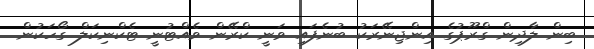
ބިން ލާދިން ގްރޫޕުގެ އިންޖިނޭރަކު ބުނެފައި ވަނީ ކްރޭން ވެއްޓުނީ ޓެކްނިކަލް ގޯހަކުން